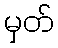
မှတ်